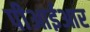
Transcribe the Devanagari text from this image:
पीआईआर